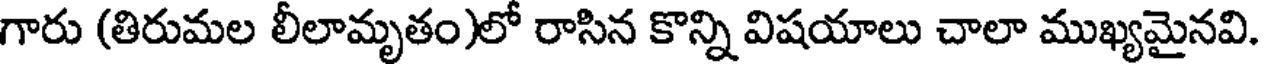
గారు (తిరుమల లీలామృతం)లో రాసిన కొన్ని విషయాలు చాలా ముఖ్యమైనవి.